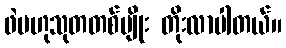
ဖဲဗဟုသုတတစ်မျိုး တိုးလာပါတယ်။